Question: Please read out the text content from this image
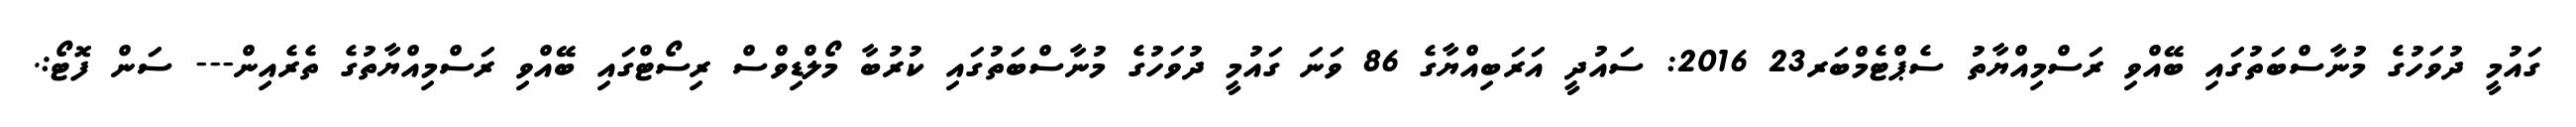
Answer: ގައުމީ ދުވަހުގެ މުނާސްބަތުގައި ބޭއްވި ރަސްމިއްޔާތު ސެޕްޓެމްބަރ23 2016: ސައުދީ އަރަބިއްޔާގެ 86 ވަނަ ގައުމީ ދުވަހުގެ މުނާސްބަތުގައި ކުރުބާ މޯލްޑިވްސް ރިސޯޓްގައި ބޭއްވި ރަސްމިއްޔާތުގެ ތެރެއިން--- ސަން ފޮޓޯ:.